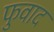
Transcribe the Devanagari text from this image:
फुवाद